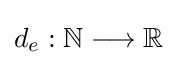
d_{e}:\mathbb {N} \longrightarrow \mathbb {R}